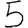
Digit: 5